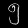
Digit: ၅